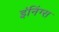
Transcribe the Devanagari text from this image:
इंनिंग्स